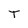
Character: T